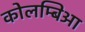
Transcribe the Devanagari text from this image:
कोलम्बिआ